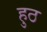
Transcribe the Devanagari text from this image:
हुठ